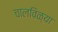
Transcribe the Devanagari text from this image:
चालविळ्या